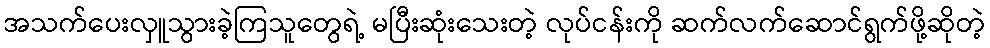
အသက်ပေးလှူသွားခဲ့ကြသူတွေရဲ့ မပြီးဆုံးသေးတဲ့ လုပ်ငန်းကို ဆက်လက်ဆောင်ရွက်ဖို့ဆိုတဲ့